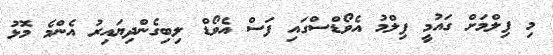
މި ފިލްމަށް ގައުމީ ފިލްމު އެވޯޑްސްގައި ފަސް އެވޯޑް ލިބިގެންދިޔައިރު އެންމެ މޮޅު